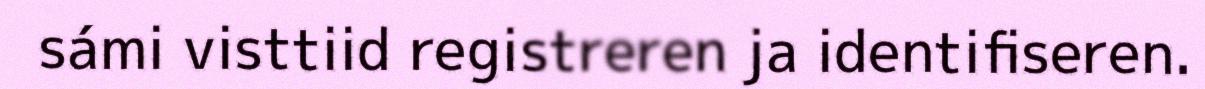
sámi visttiid registreren ja identifiseren.